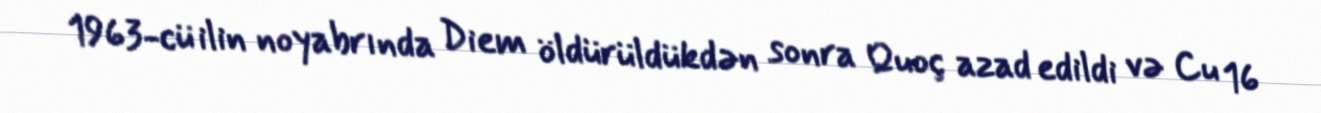
1963-cü ilin noyabrında Diem öldürüldükdən sonra Quoç azad edildi və Cu 16